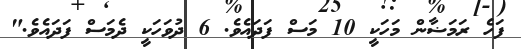
ފަހެ ރަމަޟާން މަހަކީ 10 މަސް ފަދައެވެ. 6 ދުވަހަކީ ދެމަސް ފަދައެވެ."